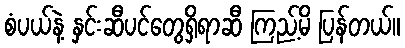
စံပယ်နဲ့ နှင်းဆီပင်တွေရှိရာဆီ ကြည့်မိ ပြန်တယ်။